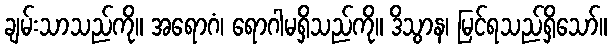
ချမ်းသာသည်ကို။ အရောဂံ၊ ရောဂါမရှိသည်ကို။ ဒိသွာန၊ မြင်ရသည်ရှိသော်။